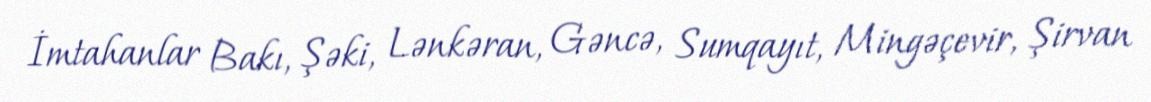
İmtahanlar Bakı, Şəki, Lənkəran, Gəncə, Sumqayıt, Mingəçevir, Şirvan